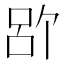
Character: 𪡉